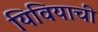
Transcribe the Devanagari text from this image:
यिवियाची